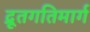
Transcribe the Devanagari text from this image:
द्रूतगतिमार्ग